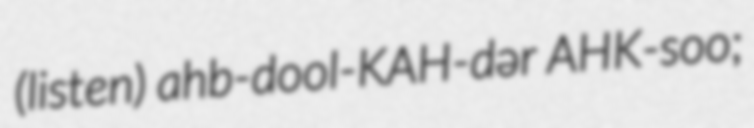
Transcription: (listen) ahb-dool-KAH-dər AHK-soo;